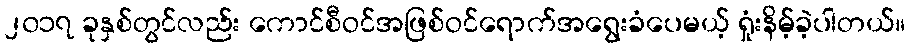
၂၀၁၇ ခုနှစ်တွင်လည်း ကောင်စီဝင်အဖြစ်ဝင်ရောက်အရွေးခံပေမယ့် ရှုံးနိမ့်ခဲ့ပါတယ်။